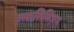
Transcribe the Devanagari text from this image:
क्लासिसिज़म